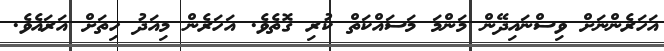
އަހަރެންނަށް ވިސްނައިދޭން މަންމަ މަސައްކަތް ކުރި ގޮތެވެ. އަހަރެން މިއަދު ހިތަށް އަރައެވެ.